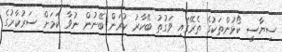
ސިޔާސީ ކޯޅުންތަކުގެ ތެރޭގައި ވަގުތު ބޭކާރު ކުރަން ބޭނުން ނުވާ ކަމަށް ސަރުކާރުގެ